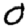
Digit: 0